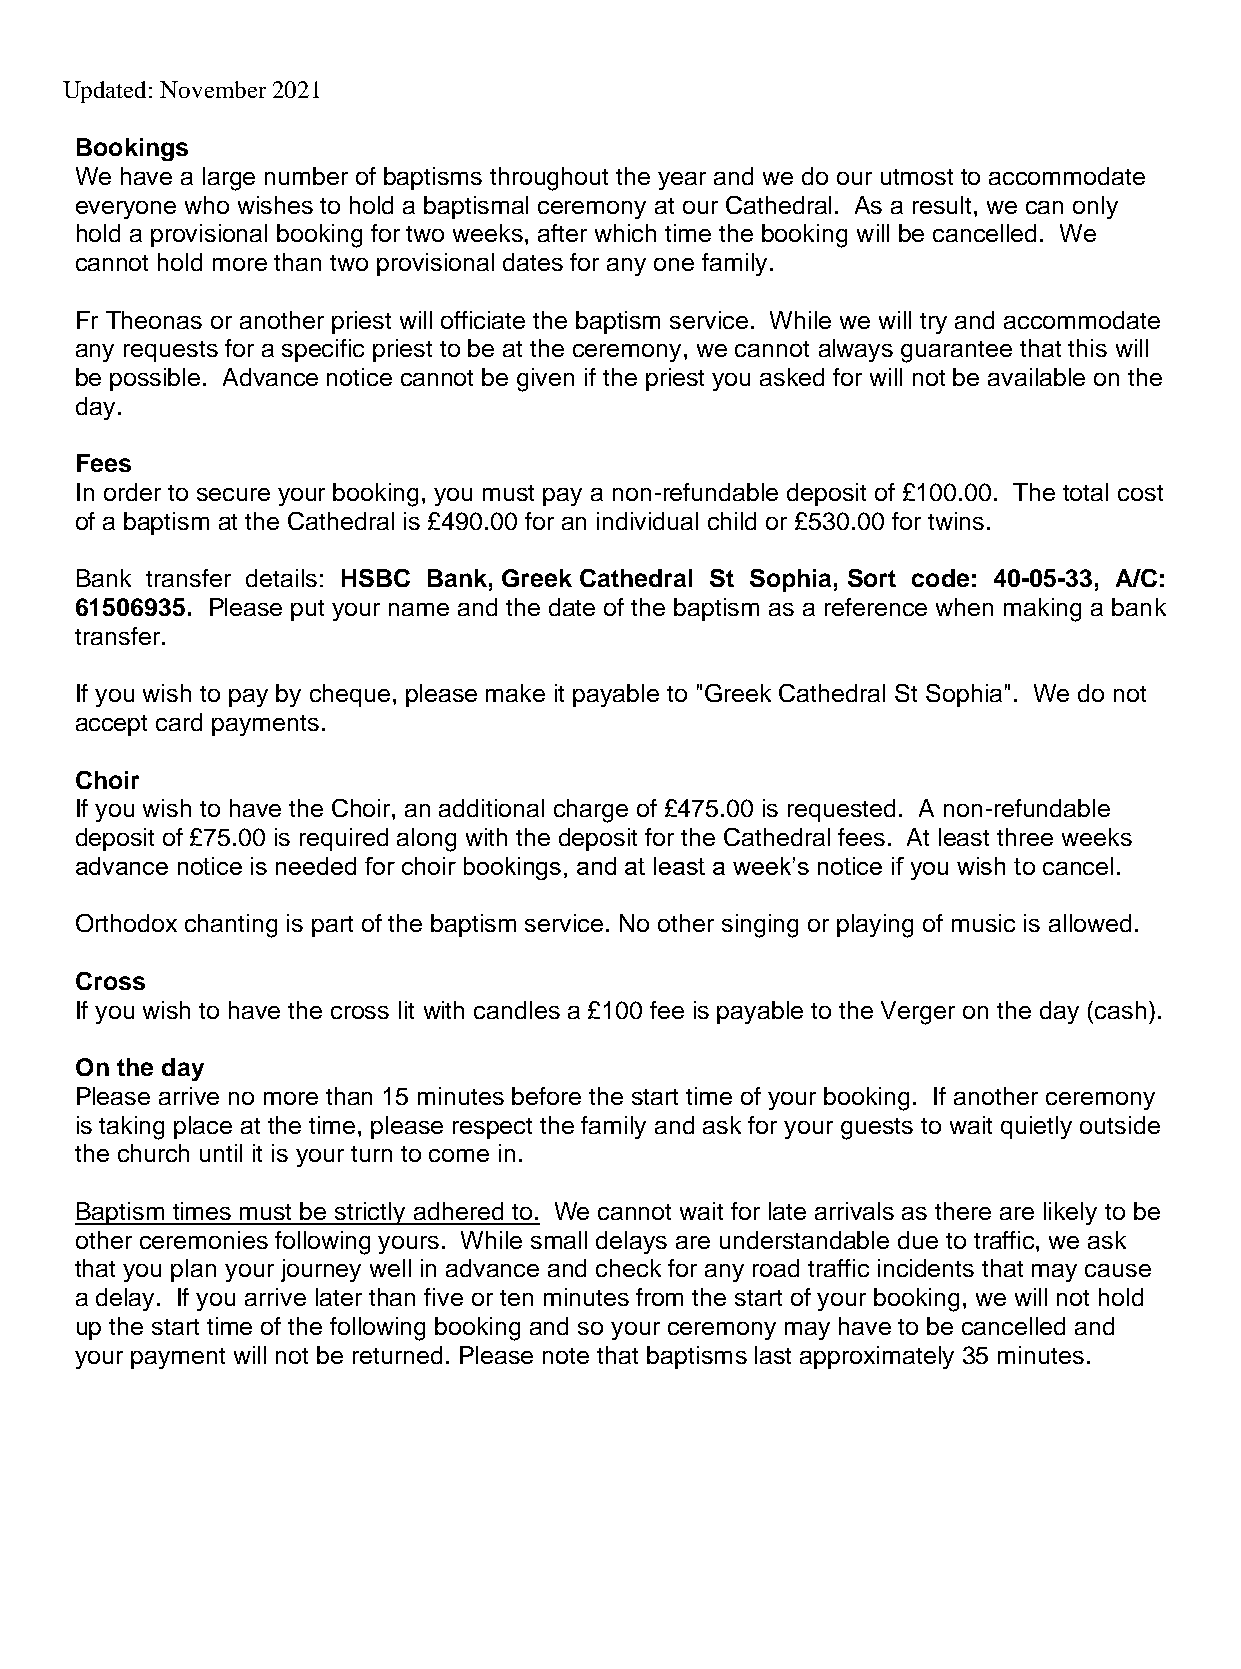
Updated: November 2021
 Bookings
 We have a large number of baptisms throughout the year and we do our utmost to accommodate
 everyone who wishes to hold a baptismal ceremony at our Cathedral. As a result, we can only
 hold a provisional booking for two weeks, after which time the booking will be cancelled. We
 cannot hold more than two provisional dates for any one family.
 Fr Theonas or another priest will officiate the baptism service. While we will try and accommodate
 any requests for a specific priest to be at the ceremony, we cannot always guarantee that this will
 be possible. Advance notice cannot be given if the priest you asked for will not be available on the
 day.
 Fees
 In order to secure your booking, you must pay a non-refundable deposit of £100.00. The total cost
 of a baptism at the Cathedral is £490.00 for an individual child or £530.00 for twins.
 Bank transfer details: HSBC Bank, Greek Cathedral St Sophia, Sort code: 40-05-33, A/C:
 61506935. Please put your name and the date of the baptism as a reference when making a bank
 transfer.
 If you wish to pay by cheque, please make it payable to "Greek Cathedral St Sophia". We do not
 accept card payments.
 Choir
 If you wish to have the Choir, an additional charge of £475.00 is requested. A non-refundable
 deposit of £75.00 is required along with the deposit for the Cathedral fees. At least three weeks
 advance notice is needed for choir bookings, and at least a week’s notice if you wish to cancel.
 Orthodox chanting is part of the baptism service. No other singing or playing of music is allowed.
 Cross
 If you wish to have the cross lit with candles a £100 fee is payable to the Verger on the day (cash).
 On the day
 Please arrive no more than 15 minutes before the start time of your booking. If another ceremony
 is taking place at the time, please respect the family and ask for your guests to wait quietly outside
 the church until it is your turn to come in.
 Baptism times must be strictly adhered to. We cannot wait for late arrivals as there are likely to be
 other ceremonies following yours. While small delays are understandable due to traffic, we ask
 that you plan your journey well in advance and check for any road traffic incidents that may cause
 a delay. If you arrive later than five or ten minutes from the start of your booking, we will not hold
 up the start time of the following booking and so your ceremony may have to be cancelled and
 your payment will not be returned. Please note that baptisms last approximately 35 minutes.